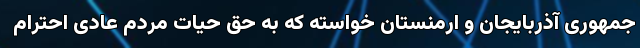
جمهوری آذربایجان و ارمنستان خواسته که به حق حیات مردم عادی احترام